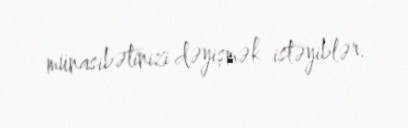
münasibətinizi dəyişmək istəyiblər.